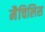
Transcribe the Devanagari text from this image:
मैचिलिस